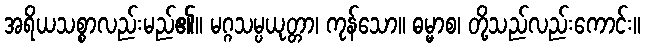
အရိယသစ္စာလည်းမည်၏။ မဂ္ဂသမ္ပယုတ္တာ၊ ကုန်သော။ ဓမ္မာစ၊ တို့သည်လည်းကောင်း။